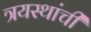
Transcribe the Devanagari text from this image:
त्रयस्थांची